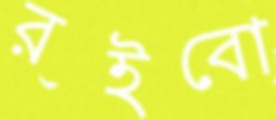
রইবো